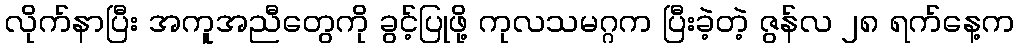
လိုက်နာပြီး အကူအညီတွေကို ခွင့်ပြုဖို့ ကုလသမဂ္ဂက ပြီးခဲ့တဲ့ ဇွန်လ ၂၈ ရက်နေ့က